Regulations for the medical services of the Army of India
Year: 1930
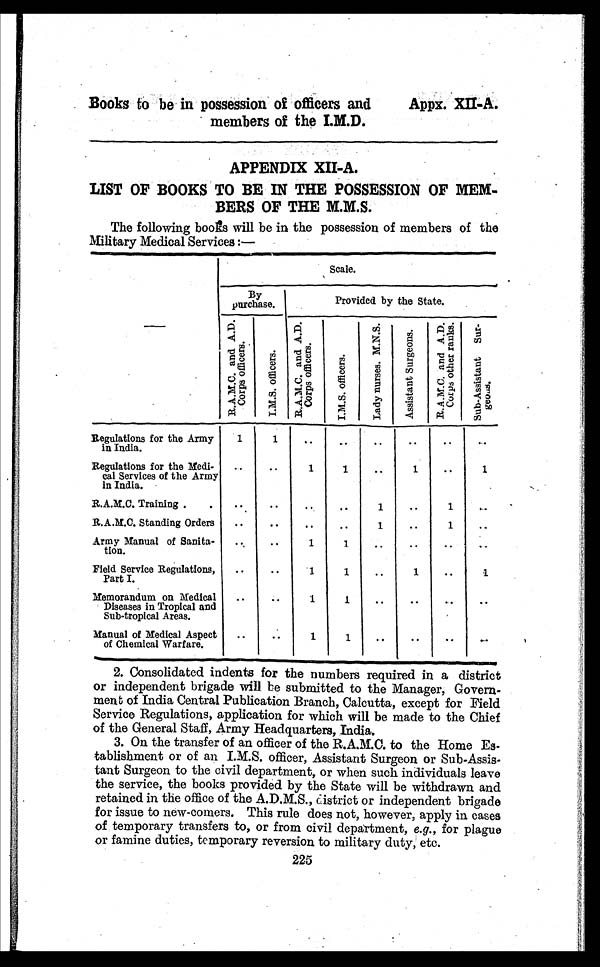
Books to be in possession of officers and
members of the I.M.D.
Appx. XII-A.
APPENDIX XII-A.
LIST OF BOOKS TO BE IN THE POSSESSION OF MEM
-
BERS OF THE M.M.S.
The following books will be in the possession of members of the
Military Medical Services:—
Scale.
B y
purchase.
Provided by the State.
R . A . M . C . a n d A . D . C o r p s o f f i c e r s .
I . M. S. Of f i cer s.
R . A . M . C . a n d A . D > C o r p s O c e r s .
I . M . S . O f f i c e r s .
L a d y n u r s e s . M . N . S .
A s s i s t a n t S u r g e o n s . R . A . M . . C . a n d A . D . C o r p s o t h e r s r a n k s .
S u b - A s s i s t a n t S u r - g e o n s .
Regulations for the Army
in India.
1 1 . . . . . . .. .. . .
Regulations for the Medi-
cal Services of the Army
in India.
. .
. . 1 1 . .
1 . .
1
R.A.M.C. Training . .
. .
. .
. .
. . 1
. .
1 . .
R.A.M.C. Standing Orders . .
. . . .
. . 1
. .
1
. .
Army Manual of Sanita-
tion.
. .
. . 1 1
. .
. .
. .
. .
Field Service Regulations,
Part I.
. .
. . 1 1
. . 1 . .
1
Memorandum on Medical
Diseases in Tropical and
Sub-tropical Areas.
. .
. . 1 1 . . . . . .
. .
Manual of Medical Aspect
of Chemical Warfare.
. .
. . 1 1 . . . . . .
. .
2 . C o n s o l i d a t e d i n d e n t s f o r t h e n u m b e r s r e q u i r e d i n a d i s t r i c t
or independent brigade will be submitted to the Manager, Govern
- m e n t o f I n d i a C e n t r a l P u b l i c a t i o n B r a n c h , C a l c u t t a , e x c e p t f o r F i e l d
Service Regulations, application for which will be made to the Chief
of the General Staff, Army Headquarters, India.
3. On the transfer of an officer of the R.A.M.C. to the Home Es
-tablishment or of an I.M.S. officer, Assistant Surgeon or Sub-Assis
- t a n t S u r g e o n t o t h e c i v i l d e p a r t m e n t , o r w h e n s u c h i n d i v i d u a l s l e a v e
the service, the books provided by the State will be withdrawn and
retained in the office of the A.D.M.S., district or independent brigade
for issue to new-comers. This rule does not, however, apply in cases
of temporary transfers to, or from civil department, e.g., for plague
or famine duties, temporary reversion to military duty, etc.
225